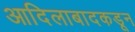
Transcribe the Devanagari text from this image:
आदिलाबादकडून